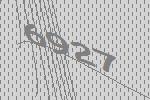
6927